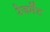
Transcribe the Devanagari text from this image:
रेजमेंट